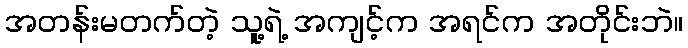
အတန်းမတက်တဲ့ သူ့ရဲ့ အကျင့်က အရင်က အတိုင်းဘဲ။